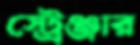
স্ট্রেঞ্জার